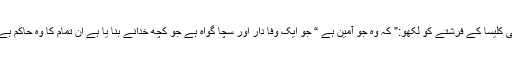
“ یہ لو دیکیہ کی کلیسا کے فرشتے کو لکھو:” کہ وہ جو آمین ہے “ جو ایک وفا دار اور سچا گواہ ہے جو کچھ خدانے بنا یا ہے ان تمام کا وہ حاکم ہے “ وہ کہتا ہے ۔